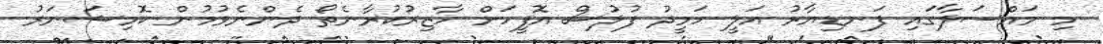
މި މައްސަލާގައި ފަނޑިޔާރު އަލީ ހަމީދު ފުލުސް އޮފީހަށް ހާޒިރުކުރާނެތޯ ދެންނެވުމުން ކޮމިޝަނަރު